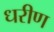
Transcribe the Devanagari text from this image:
धरीण